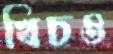
খিচও